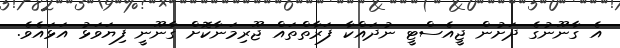
އެ ގާނޫނުގެ ދަށުން ޖީއެސްޓީ ނުދައްކާ ފަރާތްތައް ޖޫރިމަނާކޮށް ގާނޫނީ ފިޔަވަޅު އަޅައެވެ.